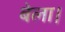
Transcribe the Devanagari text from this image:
बेला।